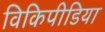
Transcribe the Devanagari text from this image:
विकिपीडिया